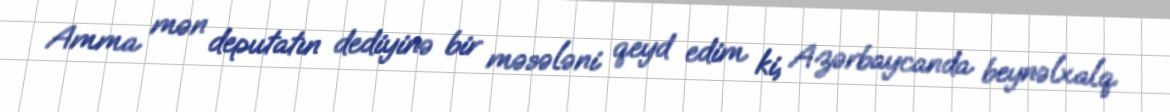
Amma mən deputatın dediyinə bir məsələni qeyd edim ki, Azərbaycanda beynəlxalq